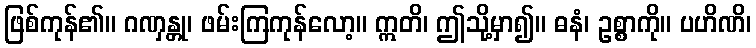
ဖြစ်ကုန်၏။ ဂဏှန္တု၊ ဖမ်းကြကုန်လော့။ ဣတိ၊ ဤသို့မှာ၍။ ဓနံ၊ ဥစ္စာကို။ ပဟိဏိ၊